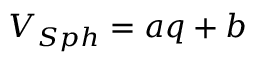
V _ { S p h } = a q + b